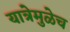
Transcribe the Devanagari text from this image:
यात्रेमुळेच